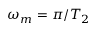
\omega _ { m } = \pi / T _ { 2 }